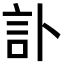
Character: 訃